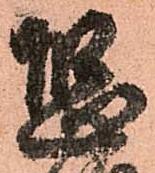
恐